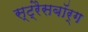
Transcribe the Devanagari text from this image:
स्ट्रैसबॉर्ग